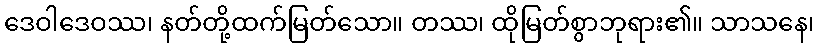
ဒေဝါဒေဝဿ၊ နတ်တို့ထက်မြတ်သော။ တဿ၊ ထိုမြတ်စွာဘုရား၏။ သာသနေ၊